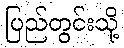
ပြည်တွင်းသို့